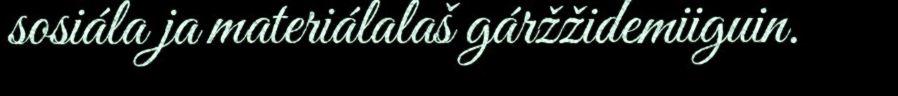
sosiála ja materiálalaš gáržžidemiiguin.